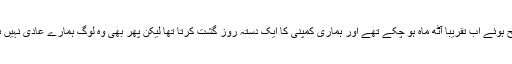
یہ علاقہ فتح ہوئے اب تقریباً آٹھ ماہ ہو چکے تھے اور ہماری کمپنی کا ایک دستہ روز گشت کرتا تھا لیکن پھر بھی وہ لوگ ہمارے عادی نہیں ہوئے تھے۔